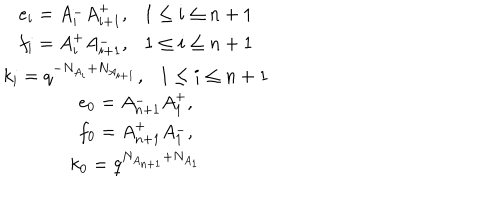
\begin{array} { c } { { e _ { i } = A _ { i } ^ { - } A _ { i + 1 } ^ { + } , 1 \le i \le n + 1 } } \\ { { f _ { i } = A _ { i } ^ { + } A _ { i + 1 } ^ { - } , 1 \le i \le n + 1 } } \\ { { k _ { i } = q ^ { - N _ { A _ { i } } + N _ { A _ { i + 1 } } } , 1 \le i \le n + 1 } } \\ { { e _ { 0 } = A _ { n + 1 } ^ { - } A _ { 1 } ^ { + } , } } \\ { { f _ { 0 } = A _ { n + 1 } ^ { + } A _ { 1 } ^ { - } , } } \\ { { k _ { 0 } = q ^ { N _ { A _ { n + 1 } } + N _ { A _ { 1 } } } } } \\ \end{array}